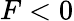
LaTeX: F<0